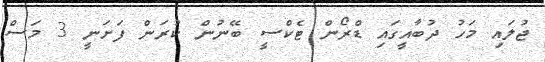
ޖުލައި މަހު ދުބާއީގައި ޑްރޯން ޓެކްސީ ބޭނުން ކުރަން ފަށަނީ 3 މަސް